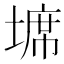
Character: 𭏖